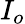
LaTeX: I_{o}